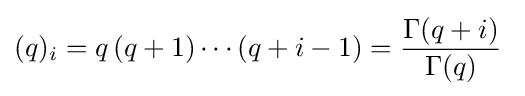
(q)_{i}=q\,(q+1)\cdots (q+i-1)={\frac {\Gamma (q+i)}{\Gamma (q)}}~